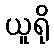
ယူရို